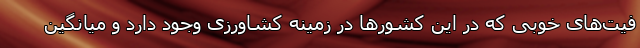
فیت‌های خوبی که در این کشورها در زمینه کشاورزی وجود دارد و میانگین